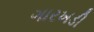
ગારખડી